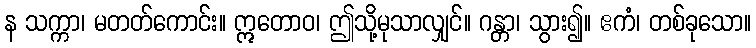
န သက္ကာ၊ မတတ်ကောင်း။ ဣတောဝ၊ ဤသို့မုသာလျှင်။ ဂန္တာ၊ သွား၍။ ဧကံ၊ တစ်ခုသော။